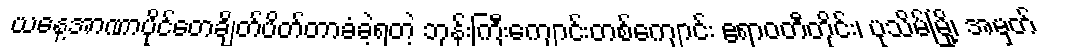
ယနေ့အာဏာပိုင်တေချိတ်ပိတ်တာခံခဲ့ရတဲ့ ဘုန်းကြီးကျောင်းတစ်ကျောင်း ဧရာဝတီတိုင်း၊ ပုသိမ်မြို့၊ အမှတ်